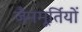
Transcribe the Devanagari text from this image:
जैनमूर्तियों